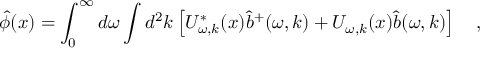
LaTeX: \hat { \phi } ( x ) = \int _ { 0 } ^ { \infty } d \omega \int d ^ { 2 } k \left[ U _ { \omega , k } ^ { * } ( x ) \hat { b } ^ { + } ( \omega , k ) + U _ { \omega , k } ( x ) \hat { b } ( \omega , k ) \right] ~ ~ ~ ,